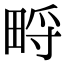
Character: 㽟